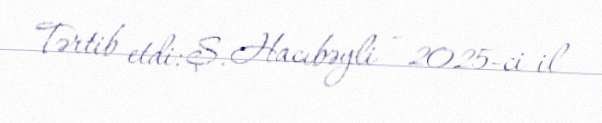
Tərtib etdi: Ş. Hacıbəyli - 2025-ci il